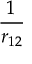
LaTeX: \frac { 1 } { r _ { 1 2 } }